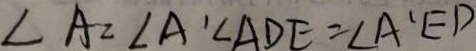
\angle A = \angle A ^ { \prime } \angle A D E = \angle A ^ { \prime } E D